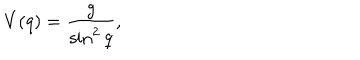
LaTeX: V ( q ) = \frac { g } { \sin ^ { 2 } q } ,